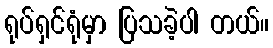
ရုပ်ရှင်ရုံမှာ ပြသခဲ့ပါ တယ်။